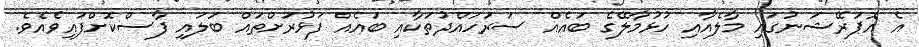
އެ އޮޕަރޭޝަނުގައި މާލެއާއި ހުޅުމާލޭގެ ބައެއް ސަރަހައްދުތަކާއި ބައެއް ފަޅުރަށްތައް ބަލައި ފާސްކޮށްފައިވެއެވެ.